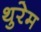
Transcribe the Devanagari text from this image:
थुरेम